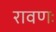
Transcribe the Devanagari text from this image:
रावणः